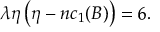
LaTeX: \lambda \eta \left( \eta - n c _ { 1 } ( B ) \right) = 6 .